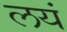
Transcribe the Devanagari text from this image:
लयं